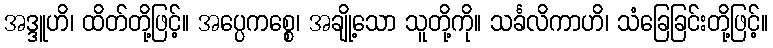
အဒ္ဒူဟိ၊ ထိတ်တို့ဖြင့်။ အပ္ပေကစ္စေ၊ အချို့သော သူတို့ကို။ သင်္ခလိကာဟိ၊ သံခြေခြင်းတို့ဖြင့်။